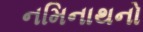
નમિનાથનો